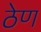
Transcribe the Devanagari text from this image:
ठेण